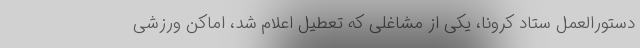
دستورالعمل ستاد کرونا، یکی از مشاغلی که تعطیل اعلام شد، اماکن ورزشی